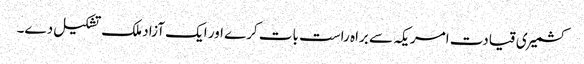
کشمیری قیادت امریکہ سے براہ راست بات کرے اور ایک آزاد ملک تشکیل دے۔